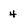
Character: 4